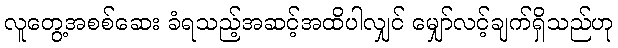
လူတွေ့အစစ်ဆေး ခံရသည့်အဆင့်အထိပါလျှင် မျှော်လင့်ချက်ရှိသည်ဟု